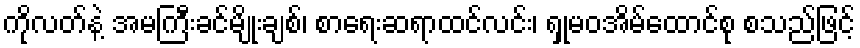
ကိုလတ်နဲ့ အမကြီးခင်မျိုးချစ်၊ စာရေးဆရာထင်လင်း၊ ရှုမဝအိမ်ထောင်စု စသည်ဖြင့်